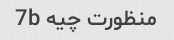
منظورت چیه 7b